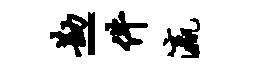
勘-件瀛